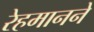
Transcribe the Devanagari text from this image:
रेहमानने